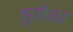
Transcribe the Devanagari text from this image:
हुवैश